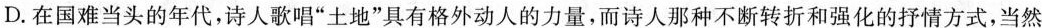
D.在国难当头的年代，诗人歌唱”土地”具有格外动人的力量，而诗人那种不断转折和强化的抒情方式，当然